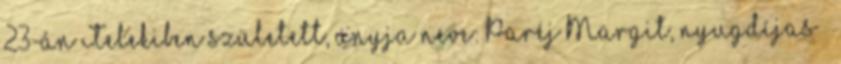
23-án Telekiben született, anyja neve: Paréj Margit, nyugdíjas –